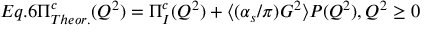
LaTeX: E q . 6 \Pi _ { T h e o r . } ^ { c } ( Q ^ { 2 } ) = \Pi _ { I } ^ { c } ( Q ^ { 2 } ) + \langle ( \alpha _ { s } / \pi ) G ^ { 2 } \rangle P ( Q ^ { 2 } ) , Q ^ { 2 } \geq 0